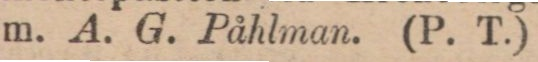
m. A. G. Påhlman. (P. T.)